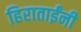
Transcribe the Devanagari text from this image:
हिराताईंनी